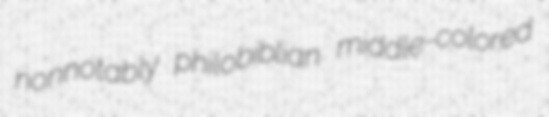
nonnotably philobiblian middle-colored